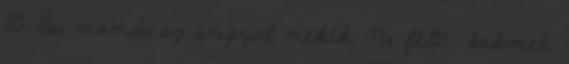
10. És monda az angyal nékik: Ne fél− örömet,